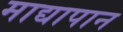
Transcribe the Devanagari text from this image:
माद्यापान